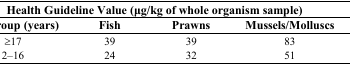
| <COLSPAN=4> Health Guideline Value (μg/kg of whole organism sample) |
 | Age group (years) | Fish | Prawns | Mussels/Molluscs |
 | --- | --- | --- | --- |
 | ≥17 | 39 | 39 | 83 |
 | 2–16 | 24 | 32 | 51 |